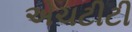
એચટીટી